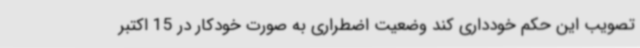
تصویب این حکم خودداری کند وضعیت اضطراری به صورت خودکار در 15 اکتبر